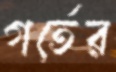
গর্তের